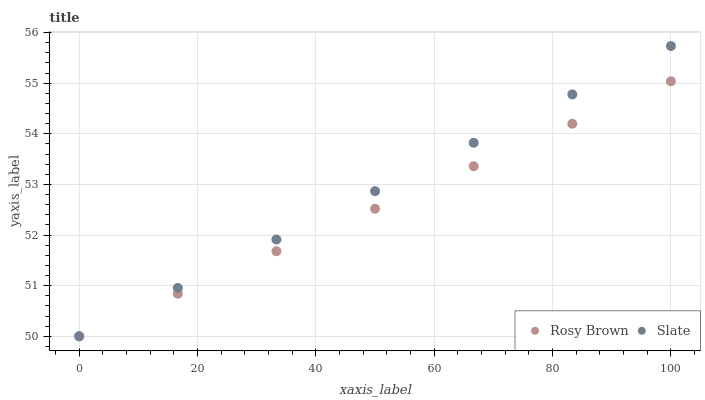
| xaxis_label | Rosy Brown | Slate |
 | --- | --- | --- |
 | 0 | 50 | 50 |
 | 16.7 | 50.8 | 51 |
 | 33.3 | 51.7 | 51.9 |
 | 50 | 52.5 | 52.9 |
 | 66.7 | 53.4 | 53.8 |
 | 83.3 | 54.2 | 54.8 |
 | 100 | 55 | 55.7 |